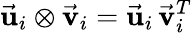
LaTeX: \vec{\mathbf u}_{i}\otimes\vec{\mathbf v}_{i}=\vec{\mathbf u}_{i}\, \vec{\mathbf v}_{i}^{T}